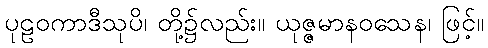
ပုဠဝကာဒီသုပိ၊ တို့၌လည်း။ ယုဇ္ဇမာနဝသေန၊ ဖြင့်။